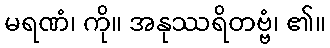
မရဏံ၊ ကို။ အနုဿရိတဗ္ဗံ၊ ၏။